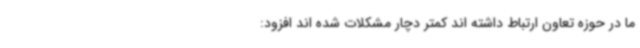
ما در حوزه تعاون ارتباط داشته اند کمتر دچار مشکلات شده اند افزود: